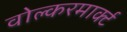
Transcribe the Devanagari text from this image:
वोल्करमार्क्ट